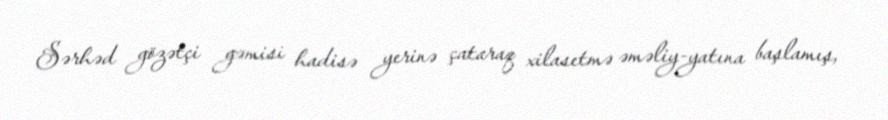
Sərhəd gözətçi gəmisi hadisə yerinə çataraq xilasetmə əməliy­yatına başlamış,